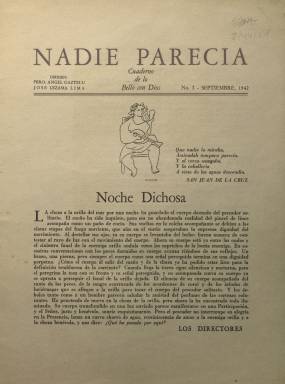
Título: Nadie parecía (Habana)
Colección: Literatura
Ámbito geográfico: Cuba
Lugar de publicación: Habana
Fechas: 01/09/1942-31/03/1944

Con este extraño título y el más explícito subtítulo de ‘Cuaderno de lo Bello con Dios’, esta revista poética editada en La Habana, de la que solo se editaron diez números, es una de las referencias de la historia de la literatura cubana debido al que fue su director, José Lezama Lima, uno de los grandes autores de su país y de la literatura hispanoamericana.

     Antes de esta revista, en cuya dirección estuvo acompañado por el poeta y sacerdote de origen navarro Ángel Gaztelu, Lezama Lima había dirigido las publicaciones Verbum y Espuela de Plata. Y después de Nadie Parecía comenzó a publicar en 1944 Orígenes, una de las revistas cubanas más importantes de antes de la revolución y donde se publicaría el primer capítulo de la novela Paradiso, la obra más conocida de Lezama Lima y que aparecería muchos años después, en 1966.

  En Nadie Parecía, cuyos números de ocho páginas se ampliaron a doce a partir de la séptima entrega, colaboraron autores españoles exiliados como Juan Ramón Jiménez, Jorge Guillén, Manuel Altolaguirre y José Moreno Villa, además de escritores cubanos, argentinos y mexicanos. Colaboró asimismo la hermana de Lezama Lima, Eloísa.

   Cada uno de los números va encabezado por una viñeta y una cita, generalmente de un autor clásico español, como Quevedo, Calderón o San Juan de la Cruz, aunque también de escritores contemporáneos como Borges y Alfonso Reyes. Las viñetas e ilustraciones de la última página corresponden a Mario Carreño, René Portocarrero y Roberto Altmann, entre otros artistas.

  El contenido de la revista lo componían fundamentalmente poemas, composiciones la mayor parte del estilo neobarroco que define la obra de Lezama Lima, aunque es posible encontrar también artículos de fondo en prosa relacionados con el proceso de la creación literaria, y algunos estudios de la obra de autores clásicos. Así, en el número 5 podemos leer un análisis de la poesía de San Juan de la Cruz.

  La publicación comenzó siendo mensual, pero esa periodicidad se rompió con el número 7 y pasó a ser trimestral o mayor, aunque sólo se editaron tres números más, dado que pronto pasó a ser reemplazada por la revista de más alto vuelo Orígenes.

  En 2006, la editorial española Renacimiento editó una edición facsímil con los diez números de la revista Nadie Parecía y un detallado índice de su contenido y sus autores.

[Descripción publicada el 10/07/2020]